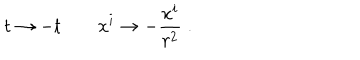
LaTeX: t \to - t \qquad x ^ { i } \to - { \frac { x ^ { i } } { r ^ { 2 } } } \; .